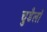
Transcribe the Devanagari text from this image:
चुडैलों